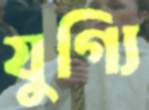
যুগ্যি